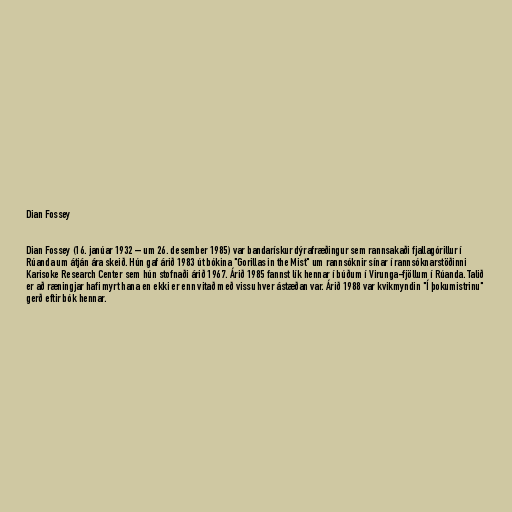
Dian Fossey

Dian Fossey (16. janúar 1932 – um 26. desember 1985) var bandarískur dýrafræðingur sem rannsakaði fjallagórillur í
Rúanda um átján ára skeið. Hún gaf árið 1983 út bókina "Gorillas in the Mist" um rannsóknir sínar í rannsóknarstöðinni
Karisoke Research Center sem hún stofnaði árið 1967. Árið 1985 fannst lík hennar í búðum í Virunga-fjöllum í Rúanda. Talið
er að ræningjar hafi myrt hana en ekki er enn vitað með vissu hver ástæðan var. Árið 1988 var kvikmyndin "Í þokumistrinu"
gerð eftir bók hennar.